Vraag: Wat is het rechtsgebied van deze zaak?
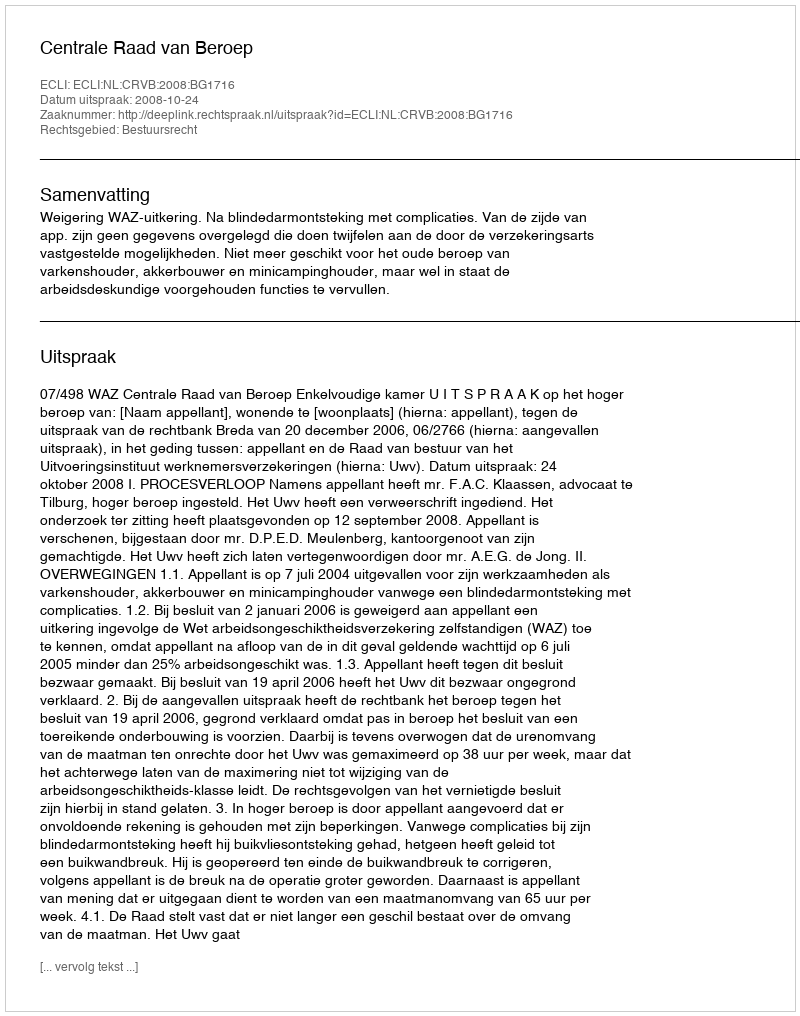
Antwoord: Bestuursrecht